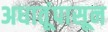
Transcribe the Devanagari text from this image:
अधातूंपासून